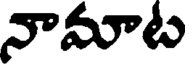
నామాట